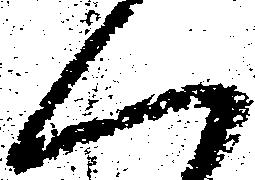
く